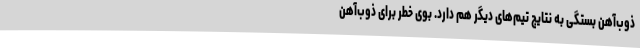
ذوب‌آهن بستگی به نتایج تیم‌های دیگر هم دارد. بوی خطر برای ذوب‌آهن